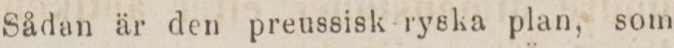
Sådan är den preussisk ryska plan, som